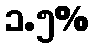
၁.၅%